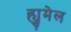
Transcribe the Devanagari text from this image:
ह्युमेल